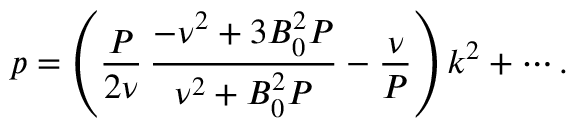
p = \left( \frac { P } { 2 \nu } \, \frac { - \nu ^ { 2 } + 3 B _ { 0 } ^ { 2 } P } { \nu ^ { 2 } + B _ { 0 } ^ { 2 } P } - \frac { \nu } { P } \right) k ^ { 2 } + \cdots .